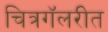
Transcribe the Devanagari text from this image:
चित्रगॅलरीत